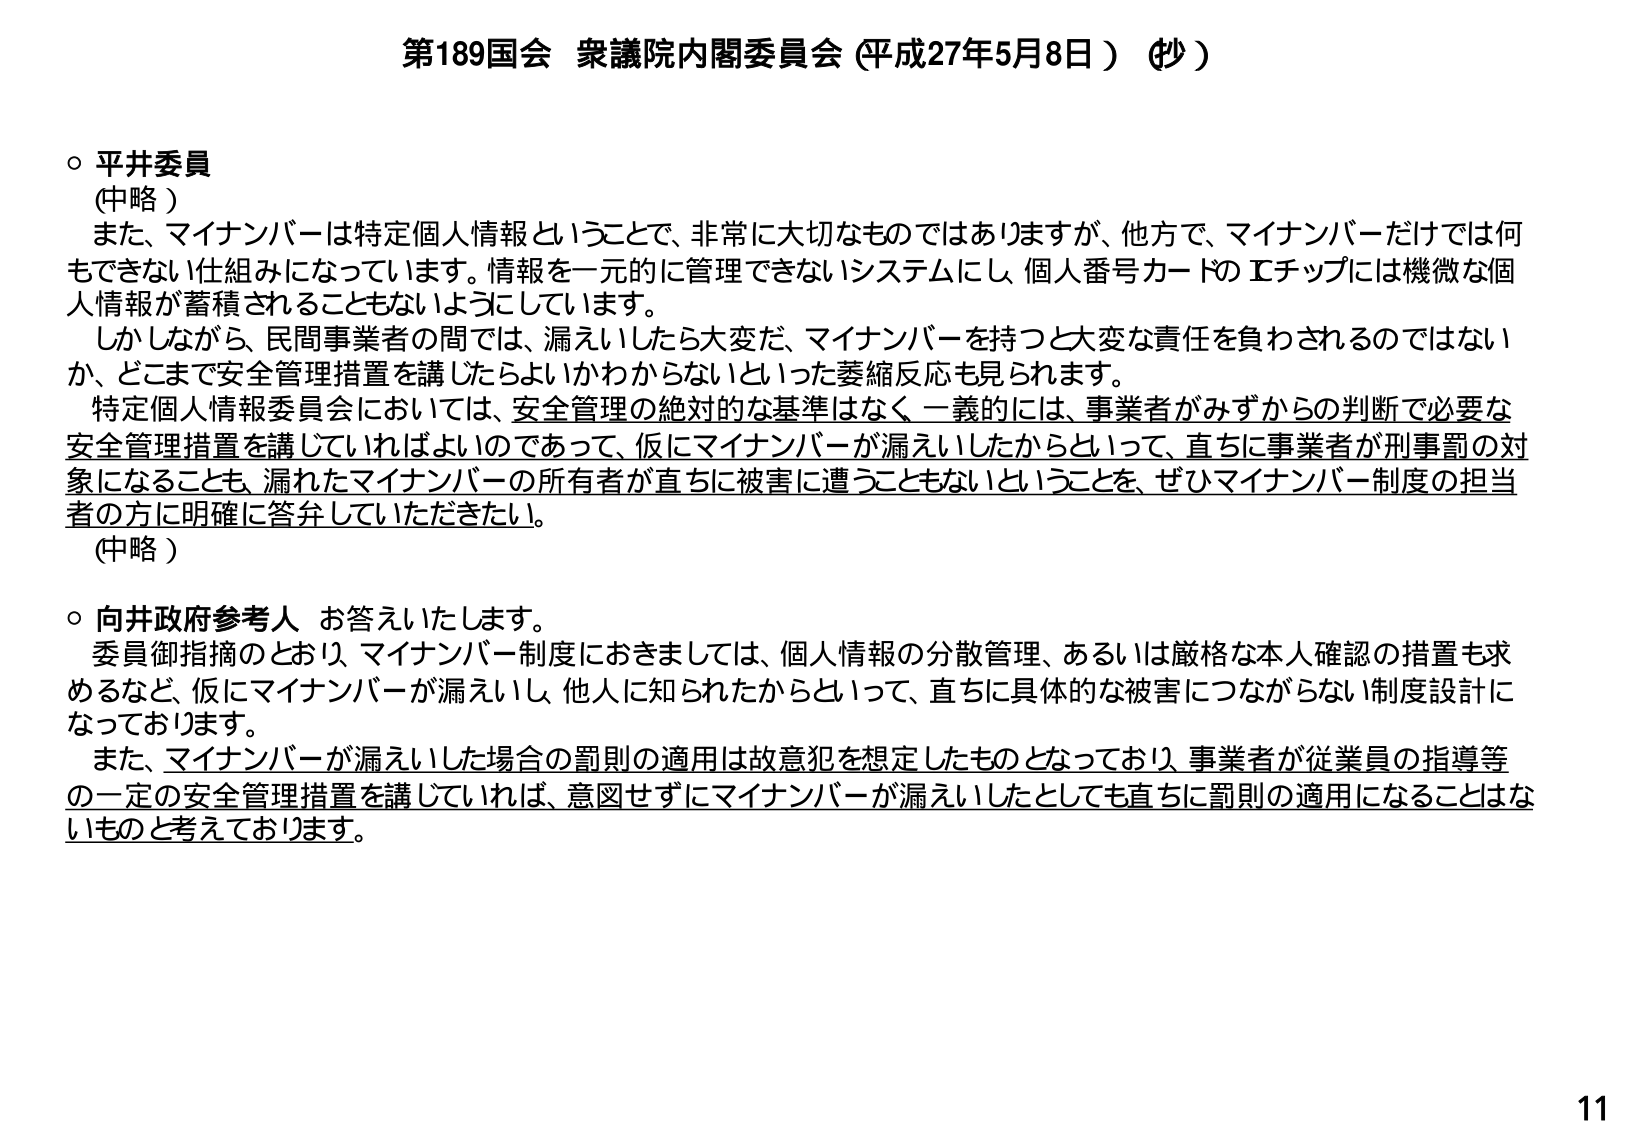
第189国会 衆議院内閣委員会（平成27年5月8日）（抄）

○ 平井委員
（中略）
　また、マイナンバーは特定個人情報ということで、非常に大切なものではありますが、他方で、マイナンバーだけでは何もできない仕組みになっています。情報を一元的に管理できないシステムにし、個人番号カードのＩチップには機微な個人情報が蓄積されることもないようにしています。
　しかしながら、民間事業者の間では、漏えいしたら大変だ、マイナンバーを持つと大変な責任を負わされるのではない か、どこまで安全管理措置を講じたらよいかわからないといった萎縮反応も見られます。
　特定個人情報委員会においては、安全管理の絶対的な基準はなく一義的には、事業者がみずからの判断で必要な安全管理措置を講じていればよいのであって、仮にマイナンバーが漏えいしたからといって、直ちに事業者が刑事罰の対象になることも、漏れたマイナンバーの所有者が直ちに被害に遭うこともないということを、ぜひマイナンバー制度の担当者の方に明確に答弁していただきたい。
（中略）

○ 向井政府参考人 お答えいたします。
　委員御指摘のとおり、マイナンバー制度におきましては、個人情報の分散管理、あるいは厳格な本人確認の措置も求めるなど、仮にマイナンバーが漏えいし、他人に知られたからといって、直ちに具体的な被害につながらない制度設計になっております。
　また、マイナンバーが漏えいした場合の罰則の適用は故意犯を想定したものとなっており、事業者が従業員の指導等の一定の安全管理措置を講じていれば、意図せずにマイナンバーが漏えいしたとしても直ちに罰則の適用になることはないものと考えております。

11